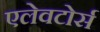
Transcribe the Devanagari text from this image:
एलेवटोर्स